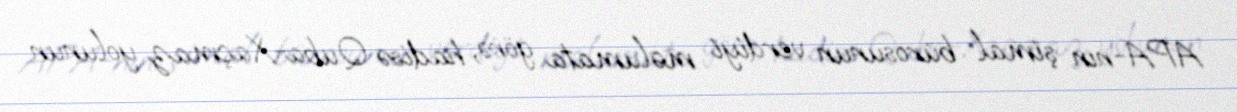
APA-nın şimal bürosunun verdiyi məlumata görə, hadisə Quba-Xaçmaz yolunun